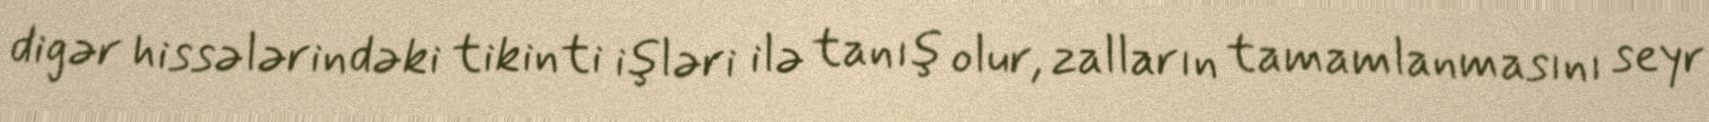
digər hissələrindəki tikinti işləri ilə tanış olur, zalların tamamlanmasını seyr